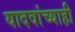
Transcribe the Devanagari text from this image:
यादवांच्याही